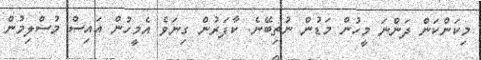
މިކަންކަން ދަންނަ މީހުން މަޑުން ނުތިބޭނެ. ކާފަރުން ގިނަވެ އެމީހުން އައިސް މުސްލިމުން